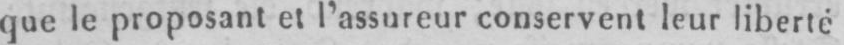
que le proposant et l’assureur conservent leur liberté